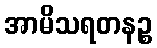
အာမိသရတနဉ္စ